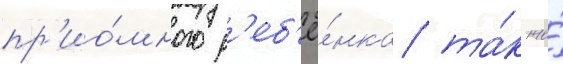
пр'ио́много р'еб'ё́нка та́к же́